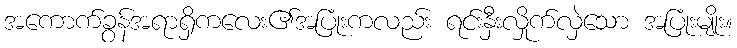
အကောက်ခွန်အရာရှိကလေး၏အပြုံးကလည်း ရင်းနှီးလှိုက်လှဲသော အပြုံးမျိုး။